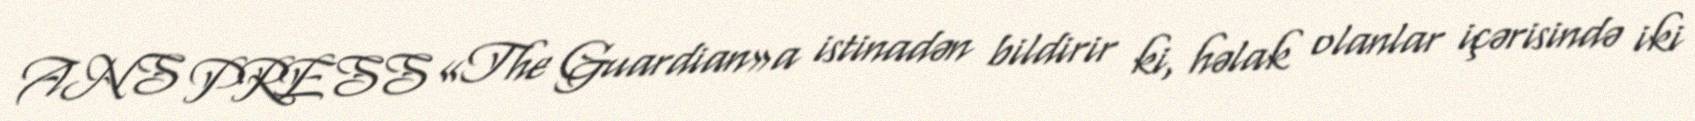
ANS PRESS «The Guardian»a istinadən bildirir ki, həlak olanlar içərisində iki